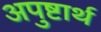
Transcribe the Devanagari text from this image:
अपुष्टार्थ